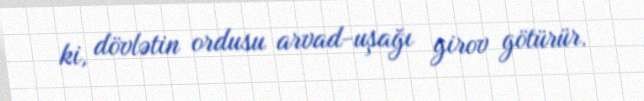
ki, dövlətin ordusu arvad-uşağı girov götürür.